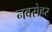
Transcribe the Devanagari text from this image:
नवसेहर